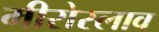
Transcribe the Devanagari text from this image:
मीरोस्लाव